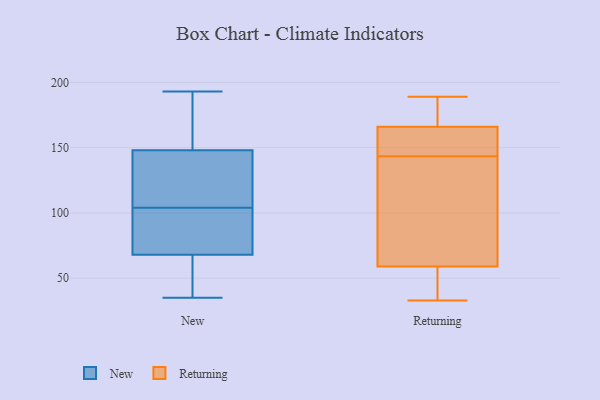
{"axis": {"x": "Headcount", "y": "Value"}, "legend": ["New", "Returning"], "data": [{"x": "", "y": 64, "type": "New"}, {"x": "", "y": 193, "type": "New"}, {"x": "", "y": 144, "type": "New"}, {"x": "", "y": 124, "type": "New"}, {"x": "", "y": 51, "type": "New"}, {"x": "", "y": 166, "type": "New"}, {"x": "", "y": 94, "type": "New"}, {"x": "", "y": 35, "type": "New"}, {"x": "", "y": 103, "type": "New"}, {"x": "", "y": 97, "type": "New"}, {"x": "", "y": 124, "type": "New"}, {"x": "", "y": 152, "type": "New"}, {"x": "", "y": 105, "type": "New"}, {"x": "", "y": 188, "type": "New"}, {"x": "", "y": 72, "type": "New"}, {"x": "", "y": 44, "type": "New"}, {"x": "", "y": 189, "type": "Returning"}, {"x": "", "y": 142, "type": "Returning"}, {"x": "", "y": 36, "type": "Returning"}, {"x": "", "y": 59, "type": "Returning"}, {"x": "", "y": 145, "type": "Returning"}, {"x": "", "y": 84, "type": "Returning"}, {"x": "", "y": 177, "type": "Returning"}, {"x": "", "y": 166, "type": "Returning"}, {"x": "", "y": 174, "type": "Returning"}, {"x": "", "y": 102, "type": "Returning"}, {"x": "", "y": 162, "type": "Returning"}, {"x": "", "y": 44, "type": "Returning"}, {"x": "", "y": 33, "type": "Returning"}, {"x": "", "y": 162, "type": "Returning"}]}